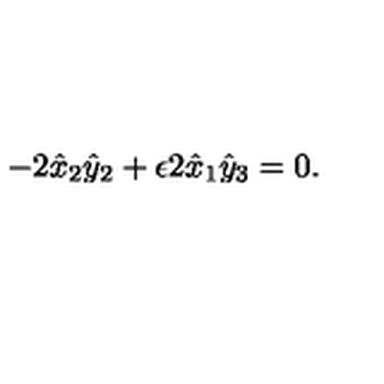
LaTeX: - 2 \hat { x } _ { 2 } \hat { y } _ { 2 } + \epsilon 2 \hat { x } _ { 1 } \hat { y } _ { 3 } = 0 .